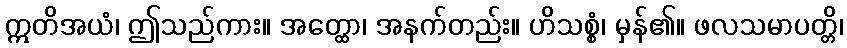
ဣတိအယံ၊ ဤသည်ကား။ အတ္ထော၊ အနက်တည်း။ ဟိသစ္စံ၊ မှန်၏။ ဖလသမာပတ္တိ၊